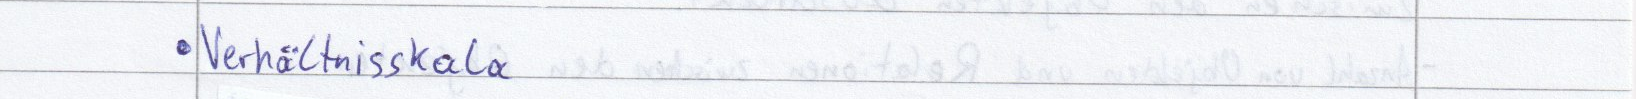
Verhältnisskala